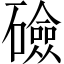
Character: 礆